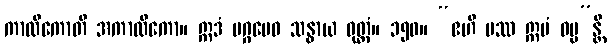
ကာလိကောတိ အကာလိကော။ ဣဒံ မဂ္ဂမေဝ သန္ဓာယ ဝုတ္တံ။ ၁၅၀။ “ဧဟိ ပဿ ဣမံ ဓမ္မ”န္တိ